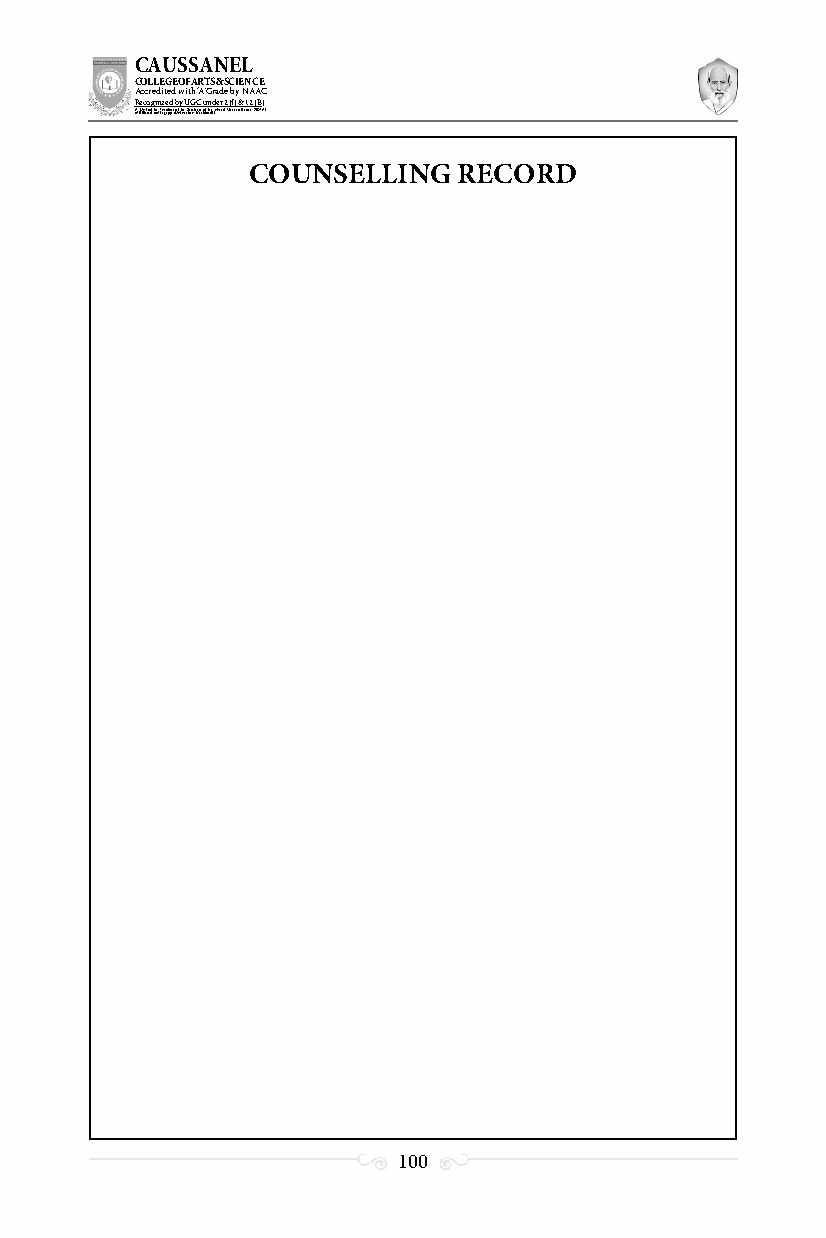
CAUSSANEL
 COLLEGE OF ARTS & SCIENCE
 Accredited with ‘A’ Grade by NAAC
 Recognized by UGC under 2 (f) & 12 (B)
 ((AA fUfilniaitt eodf ttoh eA Ilnasgtaitpuptae oUfn tihvee rBsirtoy,t hKerasr aoifk uthdei )S acred Heart of Jesus, INDIA)
 COUNSELLING   RECORD
 100